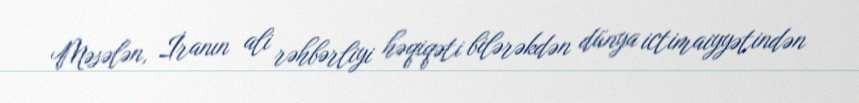
Məsələn, İranın ali rəhbərliyi həqiqəti bilərəkdən dünya ictimaiyyətindən